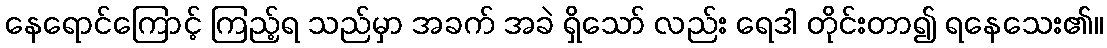
နေရောင်ကြောင့် ကြည့်ရ သည်မှာ အခက် အခဲ ရှိသော် လည်း ရေဒါ တိုင်းတာ၍ ရနေသေး၏။